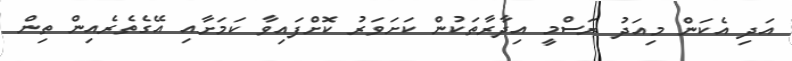
އަދި އެކަން މިއަދު ރަސްމީ އިދާރާތަކުން ކަށަވަރު ކޮށްފައިވާ ކަމަށާއި އޭގެތެރެއިން ތިން